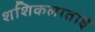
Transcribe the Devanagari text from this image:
शशिकलाताई